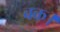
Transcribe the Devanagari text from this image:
बक।